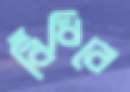
বিঁধিবে